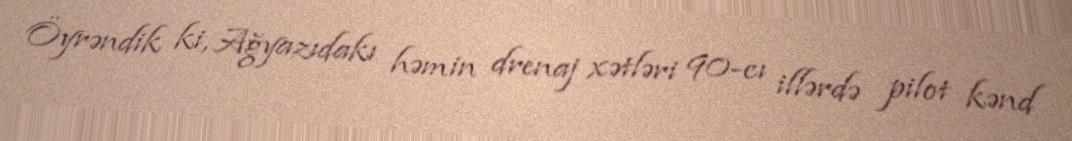
Öyrəndik ki, Ağyazıdakı həmin drenaj xətləri 90-cı illərdə pilot kənd